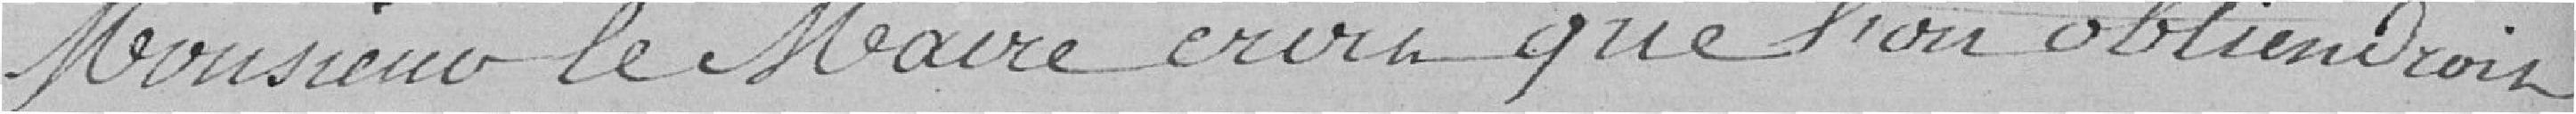
Monsieur le Maire croit que l'on obtiendrait